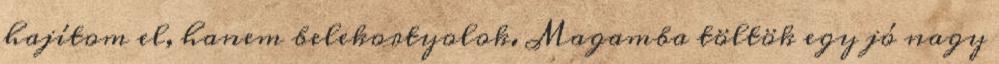
hajítom el, hanem belekortyolok. Magamba töltök egy jó nagy